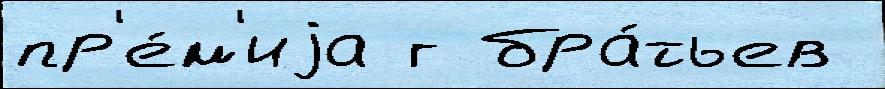
пр'е́м'иjа г бра́тьев